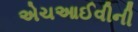
એચઆઈવીની